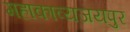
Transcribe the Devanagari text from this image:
महाकाव्यजयपुर